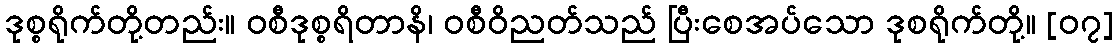
ဒုစ္စရိုက်တို့တည်း။ ဝစီဒုစ္စရိတာနိ၊ ဝစီဝိညတ်သည် ပြီးစေအပ်သော ဒုစရိုက်တို့။ [၀၇]